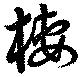
棲